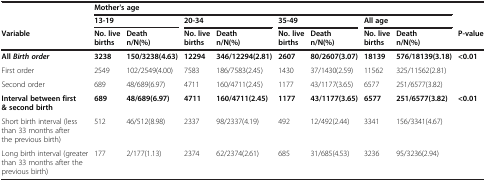
|  | <COLSPAN=8> Mother's age |  |
 |  | <COLSPAN=2> 13-19 | <COLSPAN=2> 20-34 | <COLSPAN=2> 35-49 | <COLSPAN=2> All age |  |
 | Variable | No. live births | Death n/N(%) | No. live births | Death n/N(%) | No. live births | Death n/N(%) | No. live births | Death n/N(%) | P-value |
 | --- | --- | --- | --- | --- | --- | --- | --- | --- | --- |
 | All Birth order | 3238 | 150/3238(4.63) | 12294 | 346/12294(2.81) | 2607 | 80/2607(3.07) | 18139 | 576/18139(3.18) | <0.01 |
 | First order | 2549 | 102/2549(4.00) | 7583 | 186/7583(2.45) | 1430 | 37/1430(2.59) | 11562 | 325/11562(2.81) |  |
 | Second order | 689 | 48/689(6.97) | 4711 | 160/4711(2.45) | 1177 | 43/1177(3.65) | 6577 | 251/6577(3.82) |  |
 | Interval between first & second birth | 689 | 48/689(6.97) | 4711 | 160/4711(2.45) | 1177 | 43/1177(3.65) | 6577 | 251/6577(3.82) | <0.01 |
 | Short birth interval (less than 33 months after the previous birth) | 512 | 46/512(8.98) | 2337 | 98/2337(4.19) | 492 | 12/492(2.44) | 3341 | 156/3341(4.67) |  |
 | Long birth interval (greater than 33 months after the previous birth) | 177 | 2/177(1.13) | 2374 | 62/2374(2.61) | 685 | 31/685(4.53) | 3236 | 95/3236(2.94) |  |